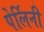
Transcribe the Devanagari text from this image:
पेर्लिनी